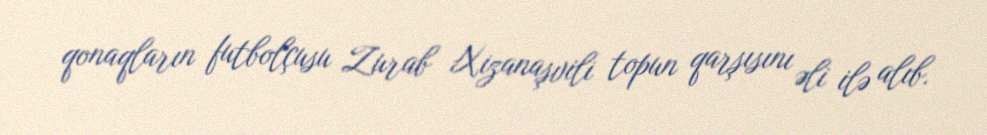
qonaqların futbolçusu Zurab Xizanaşvili topun qarşısını əli ilə alıb.